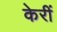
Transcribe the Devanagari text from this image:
केरीं